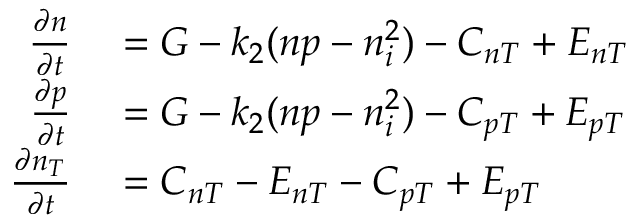
\begin{array} { r l } { \frac { \partial n } { \partial t } } & { { } = G - k _ { 2 } ( n p - n _ { i } ^ { 2 } ) - C _ { n T } + E _ { n T } } \\ { \frac { \partial p } { \partial t } } & { { } = G - k _ { 2 } ( n p - n _ { i } ^ { 2 } ) - C _ { p T } + E _ { p T } } \\ { \frac { \partial n _ { T } } { \partial t } } & { { } = C _ { n T } - E _ { n T } - C _ { p T } + E _ { p T } } \end{array}